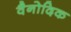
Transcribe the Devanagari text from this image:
वैनोदिक